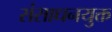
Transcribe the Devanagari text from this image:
संसाधनयुक्त